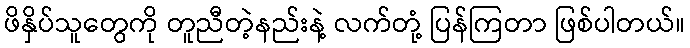
ဖိနှိပ်သူတွေကို တူညီတဲ့နည်းနဲ့ လက်တုံ့ ပြန်ကြတာ ဖြစ်ပါတယ်။